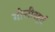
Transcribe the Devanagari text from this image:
गोसीखूर्द